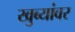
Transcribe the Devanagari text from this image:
खुब्यांवर